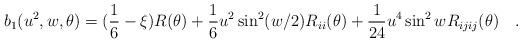
LaTeX: \begin{align*}b_1(u^2,w,\theta)=(\frac 16-\xi)R(\theta)+{1 \over 6}u^2\sin^2(w/2)R_{ii}(\theta)+{1 \over 24}u^4\sin^2w R_{ijij}(\theta)~~~.\end{align*}